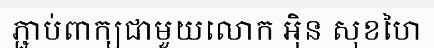
ភ្ជាប់ពាក្យជាមួយលោក អ៊ិន សុខហៃ